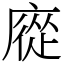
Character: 㢔